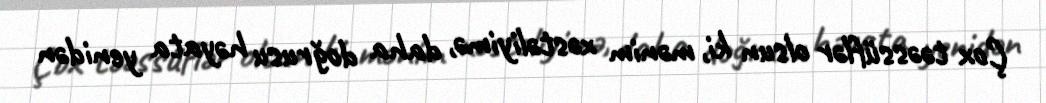
Çox təəssüflər olsun ki, mənim xəstəliyimə, daha doğrusu həyata yenidən